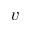
v